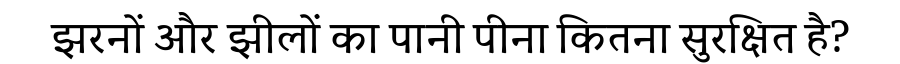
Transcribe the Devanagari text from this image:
झरनों और झीलों का पानी पीना कितना सुरक्षित है?